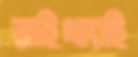
রাইখ্যাই